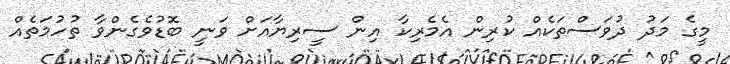
މީގެ މަދު ދުވަސްތަކެއް ކުރިން އެމެރިކާ އިން ސީރިޔާއަށް ވަނީ ބޮޑުވެގެންވާ ތުހުމަތެއް